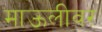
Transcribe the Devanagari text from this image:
माऊलीवर